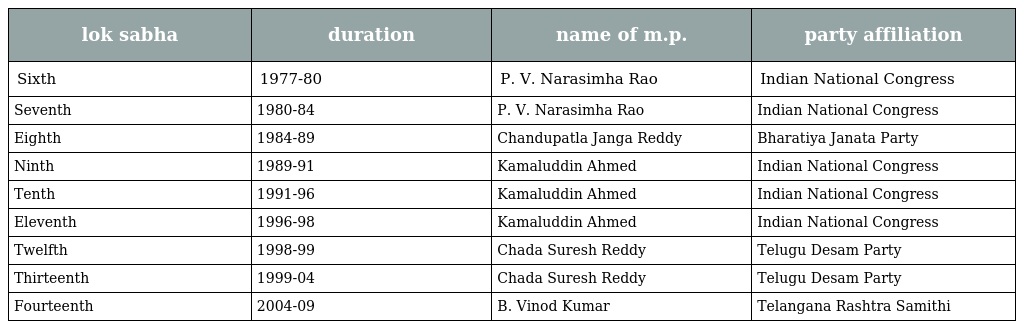
| lok sabha | duration | name of m.p. | party affiliation |
 | --- | --- | --- | --- |
 | Sixth | 1977-80 | P. V. Narasimha Rao | Indian National Congress |
 | Seventh | 1980-84 | P. V. Narasimha Rao | Indian National Congress |
 | Eighth | 1984-89 | Chandupatla Janga Reddy | Bharatiya Janata Party |
 | Ninth | 1989-91 | Kamaluddin Ahmed | Indian National Congress |
 | Tenth | 1991-96 | Kamaluddin Ahmed | Indian National Congress |
 | Eleventh | 1996-98 | Kamaluddin Ahmed | Indian National Congress |
 | Twelfth | 1998-99 | Chada Suresh Reddy | Telugu Desam Party |
 | Thirteenth | 1999-04 | Chada Suresh Reddy | Telugu Desam Party |
 | Fourteenth | 2004-09 | B. Vinod Kumar | Telangana Rashtra Samithi |